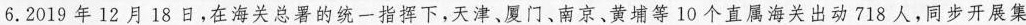
6.2019年12月18日，在海关总署的统一指挥下，天津、厦门、南京、黄埔等10个直属海关出动718人，同步开展集